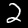
Label: 2